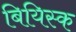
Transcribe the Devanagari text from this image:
बियिस्क